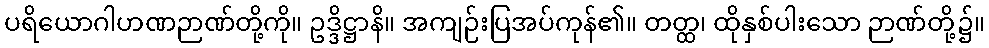
ပရိယောဂါဟဏဉာဏ်တို့ကို။ ဥဒ္ဒိဋ္ဌာနိ။ အကျဉ်းပြအပ်ကုန်၏။ တတ္ထ၊ ထိုနှစ်ပါးသော ဉာဏ်တို့၌။